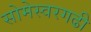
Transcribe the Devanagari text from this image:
सोमेस्वरगढी